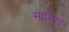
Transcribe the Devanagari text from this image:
मानिश